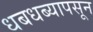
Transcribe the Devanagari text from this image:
धबधब्यापसून